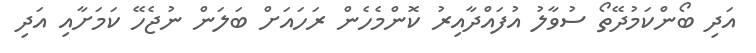
އަދި ބޯންކަމުދޭތޯ ސުވާލު އުފައްދާއިރު ކޮންމެހެން ރަަހައަށް ބަލަން ނުޖެހޭ ކަމަށާއި އަދި